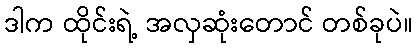
ဒါက ထိုင်းရဲ့ အလှဆုံးတောင် တစ်ခုပဲ။